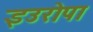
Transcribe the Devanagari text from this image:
इउरोपा